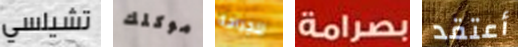
تشيلسي موكلك للجراحة بصرامة أعتقد